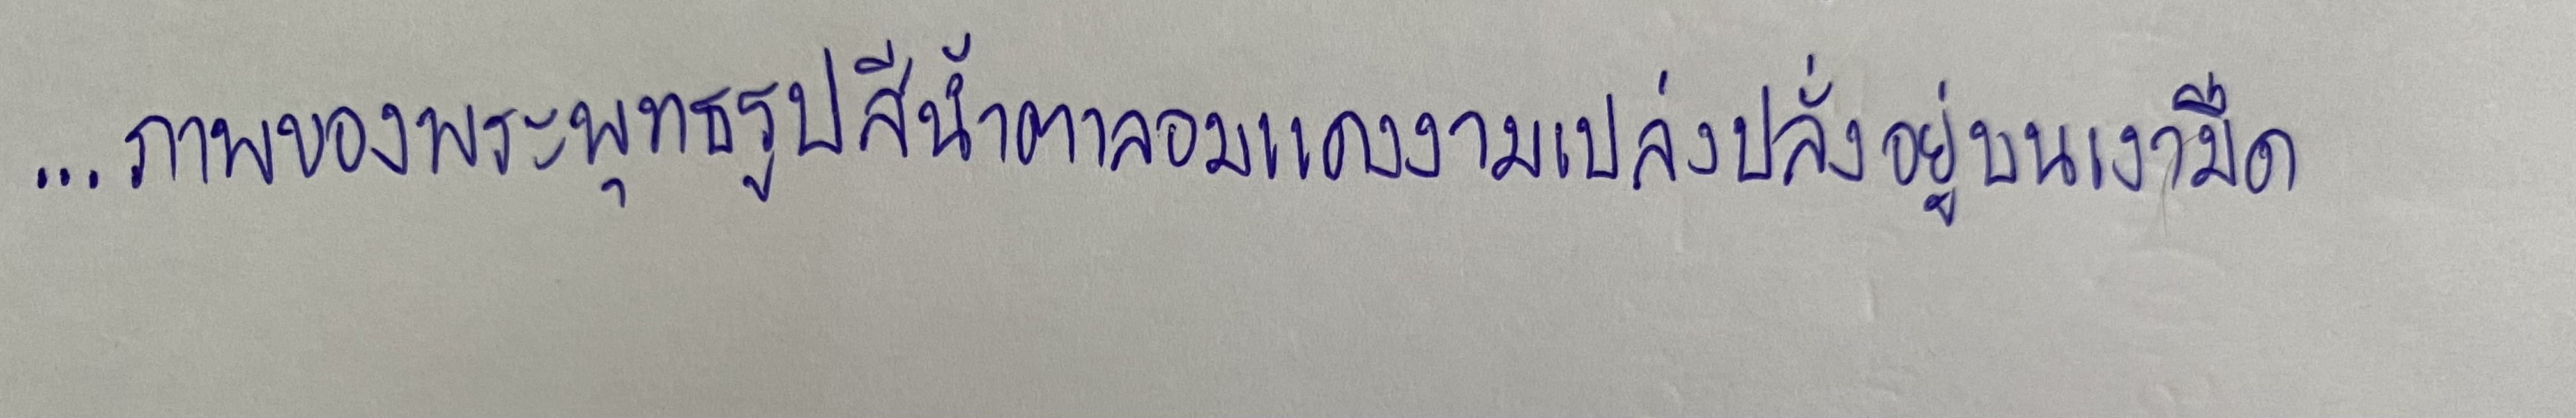
...ภาพของพระพุทธรูปสีน้ำตาลอมแดงงามเปล่งปลั่งอยู่บนเงามืด